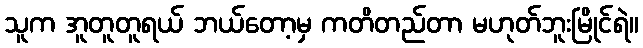
သူက အူတူတူရယ် ဘယ်တော့မှ ကတိတည်တာ မဟုတ်ဘူးမြိုင်ရဲ။